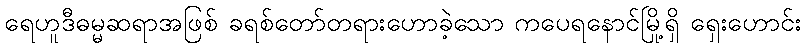
ရေဟူဒီဓမ္မဆရာအဖြစ် ခရစ်တော်တရားဟောခဲ့သော ကပေရနောင်မြို့ရှိ ရှေးဟောင်း